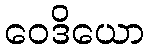
ဝေဒိယော